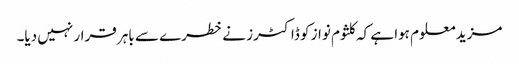
مزید معلوم ہوا ہے کہ کلثوم نواز کو ڈاکٹرز نے خطرے سے باہر قرار نہیں دیا۔